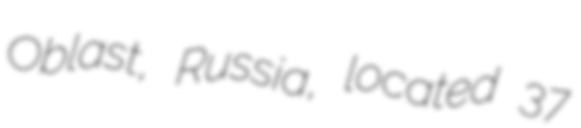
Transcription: Oblast, Russia, located 37